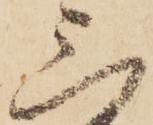
三